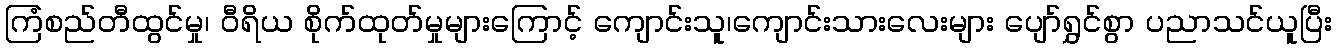
ကြံစည်တီထွင်မှု၊ ဝီရိယ စိုက်ထုတ်မှုများကြောင့် ကျောင်းသူ၊ကျောင်းသားလေးများ ပျော်ရွှင်စွာ ပညာသင်ယူပြီး